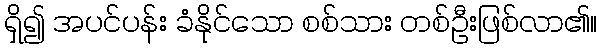
ရှိ၍ အပင်ပန်း ခံနိုင်သော စစ်သား တစ်ဦးဖြစ်လာ၏။